Vaccination in Burma 1912-1922 - 1912-1922
Year: 1912
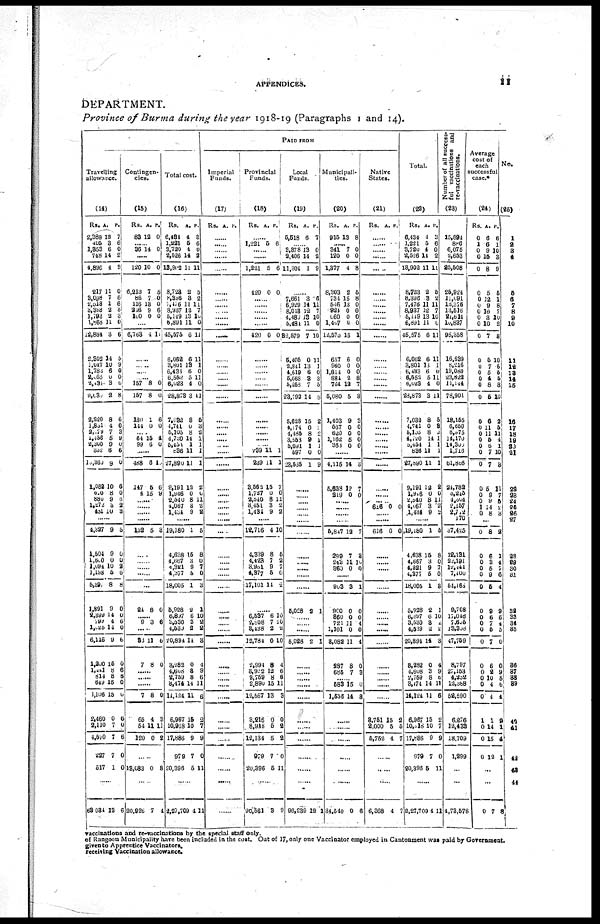
APPENDICES.
1 1
DEPARTMENT.
Province of Burma during the year 1918-19 (Paragraphs 1 and 14).
Travelling
allowance.
(14)
Rs.
2,388
405
1,353
748
4,896
217
3,098
2,513
3,393
1,793
l,868
12,884
2,302
1,047
1,783
2,065
2,431
9,630
2,220
1,831
2,179
1,456
2,300
332
10,360
1,082
610
880
1,272
431
A.
12
3
6
14
4
11
7
1
2
2
11
3
14
10
6
0
3
2
8
4
7
5
9
6
9
10
8
9
3 10
P.
7
6
0
2
3
0
6
6
3 3
0
6
5
9
0
0
6
8
6
0
3
9
0
6
0
6
0
6
2 3
......
4,327
1,504
1,600
l,094
1,198
5,897
1,891
2,399
799
1,026
6,116
1,200
1,141
814
649
4,106
2,460
2,110
4,570
227
517
9
9
0
10
5
8
9
14
4
14
9
15
8
8
15
15
0
7
7
7
1
5
0
0
2
6
8
0
0
6
0
6
0
6
6
0
0
6
0
6
0
0
......
68,034 13 6
Contingen-
cies.
(15)
Rs.
83
A.
12
P.
0
...... 86 14 0
......
120
6,213
86
116
216
100
10
7
7
13
9
0
0
5
0
0
6
0
...
6,763 4 11
......
......
...... .....
157
157
180
144
8
8
1
0
0
0
6
0
...... 64
99
15
6
4
0
......
488
147
4
6
5
15
10
6
9
......
......
......
......
152 6 8
......
......
......
......
......
24 8 0
......
9 3 6
......
33
7
11
8
6
0
......
......
......
7
65
54
120
8
4
11
0
0
3
11
2
......
13,083 0 8
20,926 7 4
Total cost.
(16)
Rs.
6,431
1,221
3,720
2,526
13,902
8,723
8,396
7,476
8,937
5,149
6,891
45,575
6,062
3,801
6,431
6,552
6,023
28,873
7,032
4,741
5,105
4,720
5,451
836
27,890
9,191
1,946
2,540
4,067
1,134
A.
4
5
4
14
11
2
8
11
12
13
11
6
6
13
6
5
4
3
8
0
8
14
1
11
11
12
0
8
3 9
P.
3
6
0
2
11
5
2
11
7
10
0
11
11
1
0
11
0
11
5
3
2
1
1
1
1
2
6
11
2
2
......
19,180
4,638
4,567
4,321
4,377
18,005
5,928
6,897
3,530
4,535
20,894
3,282
4,608
2,759
8,474
14,124
6,967
10,918
17,886
979
20,396
1
15
3
9
5
1
2
6
3
2
14
0
3
8
14
11
15
10
9
7
5
5
8
0
7
0
3
1
10
2
2
3
4
9
6
11
6
2
7
9
0
11
......
2,27,709 4 11
PAID FROM
Imperial
Funds.
(17)
Rs. A P.
......
......
......
......
......
......
......
......
......
......
......
......
......
......
......
......
......
......
......
......
...... ......
......
......
......
......
...... ......
......
......
......
......
......
......
......
......
......
......
......
......
......
......
......
......
......
......
......
......
......
......
......
......
......
......
Provincial
Funds.
(18)
Rs. A. P.
......
1,221 5 6
......
......
1,221
420
5
0
6
0
......
......
......
......
......
420 0 0
......
......
......
......
......
......
......
......
......
......
......
239
239
3,562
1,727
2,540
3,451
1,434
11
11
15
0
8
3
9
1
1
7
0
11
2
2
......
12,716
4,339
4,423
8,961
4,377
17,101
4
8
7
9
5
14
10
5
2
7
0
2
......
6,537
2,808
3,438
12,784
2,994
3,922
2,759
2,890
12,567
3,216
8,918
12,134
979
20,396
6
7
2
0
8
12
8
15
13
0
5
5
7
6
10
10
2
10
4
6
6
11
3
0
2
2
0
11
......
90,561 3 9
Local
Funds.
(19)
Rs.
5,518
A.
6
P.
7
...... 3,378
2,406
11,304
13
14
1
0
2
9
......
7,661
6,929
8,013
4,480
5,4814
32,579
5,405
2,841
4,619
5,668
5,253
23,792
5,628
4,174
4,185
3,553
5,091
597
23,535
3
14
12
13
11
7
0
13
6
8
7
14
15
0
8
9
1
0
1
6
11
7
10
0
10
11
1
0
3
5
8
2
1
2
1
1
0
9
......
...... ......
......
......
......
......
......
......
......
......
......
5,028 2 1
......
......
......
5,028 2 1
......
......
......
......
......
......
......
......
......
......
......
96,239 12 1
Municipali-
ties.
(20)
Rs.
915
A.
13
P.
8
......
341
120
1,377
8,303
734
546
924
660
1,467
12,575
657
960
1,814
884
764
5,080
1,403
567
620
1,162
363
7
0
4
2
l5
13
0
0
0
15
6
0
0
2
12
5
9
0
0
6
0
0
0
8
5
8
0
0
0
0
1
0
0
0
8
7
3
3
0
0
0
0
......
4,115
5,623
219
14
12
0
3
7
0
......
...... ......
......
5,847
299
243
360
12
7
11
0
7
3
10
0
......
903
960
860
721
1,101
8,082
237
685
3
0
0
11
0
11
8
7
1
0
0
4
0
4
0
3
......
583
1,556
15
14
0
3
......
......
......
......
......
......
34,540 0 6
Native
States.
(21)
Rs. A. P.
......
......
......
......
......
......
......
......
......
......
......
......
......
......
......
......
......
......
......
......
......
......
......
......
......
......
...... ......
616 0 0
......
......
616 0 0
......
......
......
......
......
......
......
......
......
......
......
......
......
......
......
3,751
2,000
5,752
15
5
4
2
5
7
......
......
......
6,368 4 7
Total.
(22)
Rs.
6,434
1,221
3,720
2,526
13,902
8,723
8,396
7,476
8,937
5,119
6,891
45,575
6,062
3,801
6,433
6,552
6,023
23,873
7,032
4,741
5,105
4,720
5,454
836
27,890
9,191
1,946
2,540
4,067
1,434
A.
4
5
4
14
11
2
3
11
12
13
11
6
6
13
6
5
4
3
8
0
8
14
1
11
11
12
0
8
3
9
P.
3
6
0
2
11
5
2
11
7
10
0
11
11
1
0
11
0
11
6
8
2
1
1
1
1
2
0
11
2
2
......
19,180
4,638
4,667
4,321
4,377
18,005
5,928
6,897
3,530
4,539
20,894
3,282
4,608
2,759
3,474
14,124
6,967
10,518
17,886
979
20,396
1
15
3
9
5
1
2
6
3
2
14
0
3
8
14
11
15
10
9
7
6
5
8
0
7
0
3
1
10
2
2
3
4
9
6
11
6
2
7
9
0
11
......
2,27,709 4 11
Number of all success-
ful vaccinations and
re-vaccinations.
(23)
15,894
886
6,075
2,653
25,508
25,924
11,091
12,376
13,516
21,614
10,837
95,358
16,639
8,216
19,080
23,822
11,144
78,901
18,155
6,650
6,875
14,170
14,300
1,716
61,866
24,782
8,245
4,304
2,157
2,772
170
37,425
12,131
22,191
12,441
7,400
54,163
9,708
17,048
7,695
13,308
47,759
8,797
27,153
4,252
12,388
52,590
6,876
12,433
18,709
1,299
...
...
4,73,578
Average
cost of
each
successful
case.*
(24)
Rs.
0
1
0
0
0
0
0
0
0
0
0
0
0
0
0
0
0
0
0
0
0
0
0
0
0
0
0
0
1
0
A.
6
6
9
15
8
5
12
9
10
3
10
7
5
7
5
4
8
5
6
11
11
5
6
7
7
5
9
9
14
8
P.
6
1
10
3
9
5
1
8
7
10
2
3
10
5
5
5
8
10
2
6
11
4
1
10
8
11
7
5
2 3
0
0
0
0
0
0
0
0
0
0
0
0
0
0
0
0
1
0
0
0
8
6
3
5
9
5
9
6
7
5
7
6
2
10
4
4
1
14
15
12
2
1
4
7
6
4
9
6
2
5
0
0
9
5
6
4
9
1
4
1
...
...
0 7 8
No.
(25)
1
2
3
4
5
6
7
8
9
10
11
12
13
14
15
16
17
18
19
20
21
22
23
24
25
26
27
28
29
30
31
32
33
34
35
36
37
38
39
40
41
42
43
44
vaccinations and re-vaccinations by the special staff only.
of Rangoon Municipality have been included in the cost, Out of 17, only one Vaccinator employed in Cantonment was paid by Government.
given to Apprentice Vaccinators.
receiving Vaccination allowance.